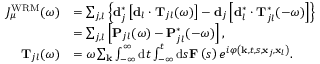
\begin{array} { r l } { J _ { \mu } ^ { \mathrm { W R M } } ( \omega ) } & { = \sum _ { j , l } \left\{ \mathbf { d } _ { j } ^ { * } \left[ \mathbf { d } _ { l } \cdot \mathbf { T } _ { j l } ( \omega ) \right] - \mathbf { d } _ { j } \left[ \mathbf { d } _ { l } ^ { * } \cdot \mathbf { T } _ { j l } ^ { * } ( - \omega ) \right] \right\} } \\ & { = \sum _ { j , l } \left[ \mathbf { P } _ { j l } ( \omega ) - \mathbf { P } _ { j l } ^ { * } ( - \omega ) \right] , } \\ { \mathbf { T } _ { j l } ( \omega ) } & { = \omega \sum _ { \mathbf { k } } \int _ { - \infty } ^ { \infty } \mathrm { d } t \int _ { - \infty } ^ { t } \mathrm { d } s \mathbf { F } \left( s \right) e ^ { i \varphi \left( \mathbf { k } , t , s , \mathbf { x } _ { j } , \mathbf { x } _ { l } \right) } . } \end{array}